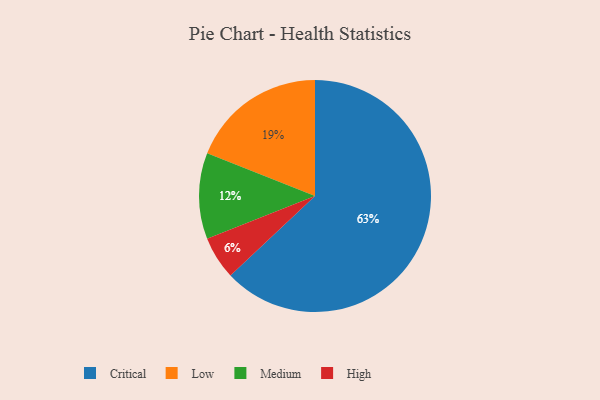
{"axis": {"x": "Category", "y": "Percentage"}, "legend": ["Critical", "High", "Low", "Medium"], "data": [{"x": "Medium", "y": 12, "type": "Medium"}, {"x": "Critical", "y": 63, "type": "Critical"}, {"x": "Low", "y": 19, "type": "Low"}, {"x": "High", "y": 6, "type": "High"}]}